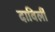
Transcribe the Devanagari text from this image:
दाविलीं